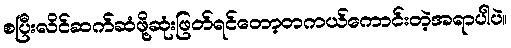
စပြီးလိင်ဆက်ဆံဖို့ဆုံးဖြတ်ရင်တော့တကယ်ကောင်းတဲ့အရာပါပဲ။